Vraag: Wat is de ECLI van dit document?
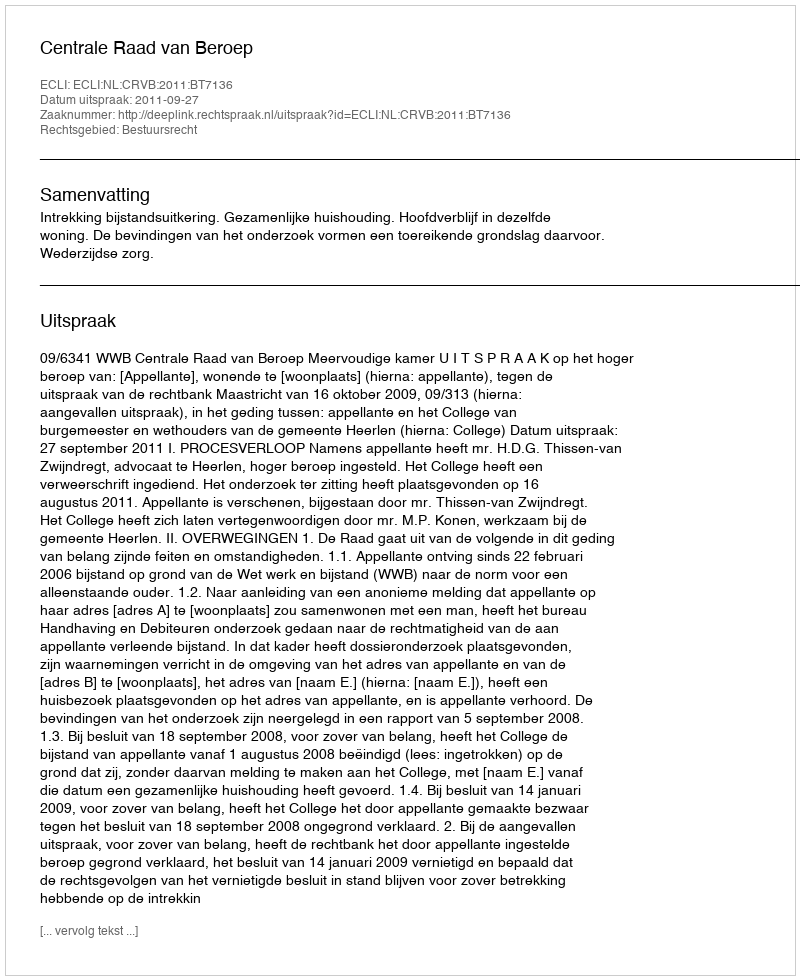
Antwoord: ECLI:NL:CRVB:2011:BT7136